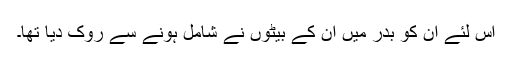
اس لئے ان کو بدر میں ان کے بیٹوں نے شامل ہونے سے روک دیا تھا۔